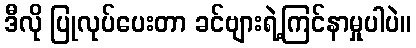
ဒီလို ပြုလုပ်ပေးတာ ခင်ဗျားရဲ့ကြင်နာမှုပါပဲ။